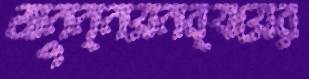
অনুন্নয়নব্যয়ের